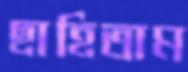
ছাহিতাম